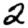
Digit: 2